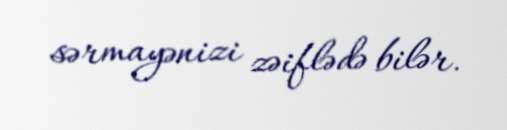
sərmayənizi zəiflədə bilər.